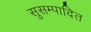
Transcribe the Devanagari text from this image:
सुसम्पादित